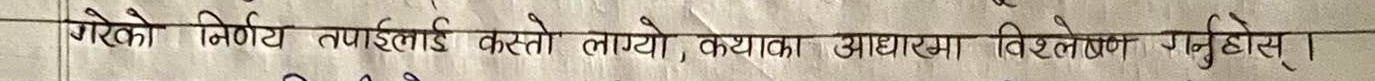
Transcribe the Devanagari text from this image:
गरेको निर्णय तपाइँलाई कस्तो लाग्यो, कथाका आधारमा विश्लेषण गर्नुहोस् ।